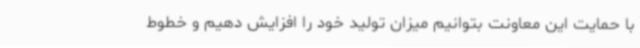
با حمایت این معاونت بتوانیم میزان تولید خود را افزایش دهیم و خطوط